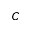
C